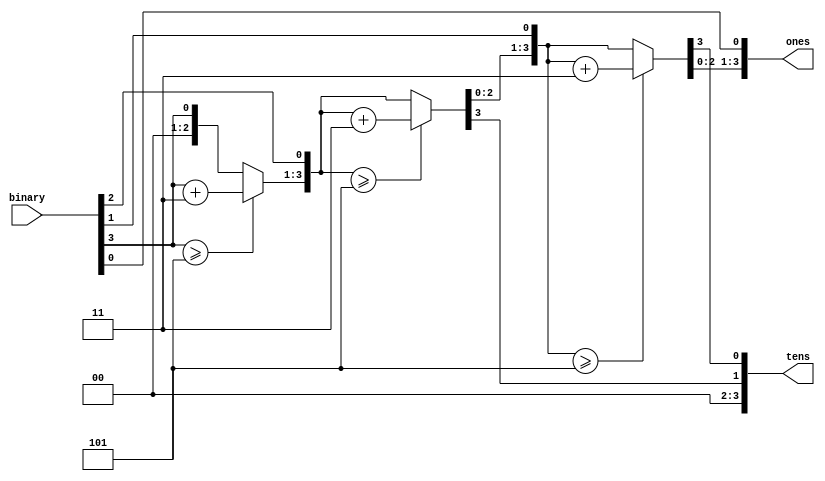
`timescale 1ns / 1ps
//////////////////////////////////////////////////////////////////////////////////
// Company: 
// Engineer: 
// 
// Design Name: 
// Module Name: BCD
// Project Name: 
// Target Devices: 
// Tool Versions: 
// Description: 
// 
// Dependencies: 
// 
// Revision:
// Revision 0.01 - File Created
// Additional Comments:
// 
//////////////////////////////////////////////////////////////////////////////////


module BCD(
    input [3:0] binary,
    output reg [3:0] tens,
    output reg [3:0] ones
    );
    
    integer i;
    always@ (binary)
    begin
        tens = 4'd0;
        ones = 4'd0;
        for (i=3; i>=0; i=i-1)
        begin
        //if (tens >= 5)
          //  tens = tens +3;
        if (ones >= 5)
            ones = ones +3;
        tens = tens << 1;
        tens[0] = ones[3];
        ones = ones << 1;
        ones[0] = binary[i];
        end
        end
endmodule